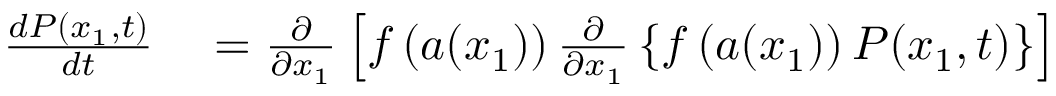
\begin{array} { r l } { \frac { d P ( x _ { 1 } , t ) } { d t } } & { { } = \frac { \partial } { \partial x _ { 1 } } \left[ f \left( a ( x _ { 1 } ) \right) \frac { \partial } { \partial x _ { 1 } } \left\{ f \left( a ( x _ { 1 } ) \right) P ( x _ { 1 } , t ) \right\} \right] } \end{array}